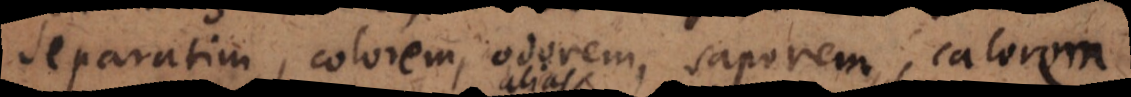
separatim, colorem, odorem, saporem, calorem